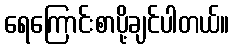
ရေကြောင်းစာပို့ချင်ပါတယ်။